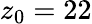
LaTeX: z_{0}=22